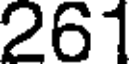
261